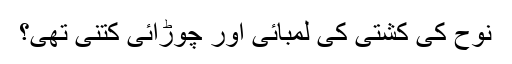
نوح کی کشتی کی لمبائی اور چوڑائی کتنی تھی؟